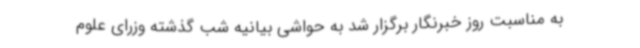
به مناسبت روز خبرنگار برگزار شد به حواشی بیانیه شب گذشته وزرای علوم